Epidemic dropsy in Calcutta - Number 45
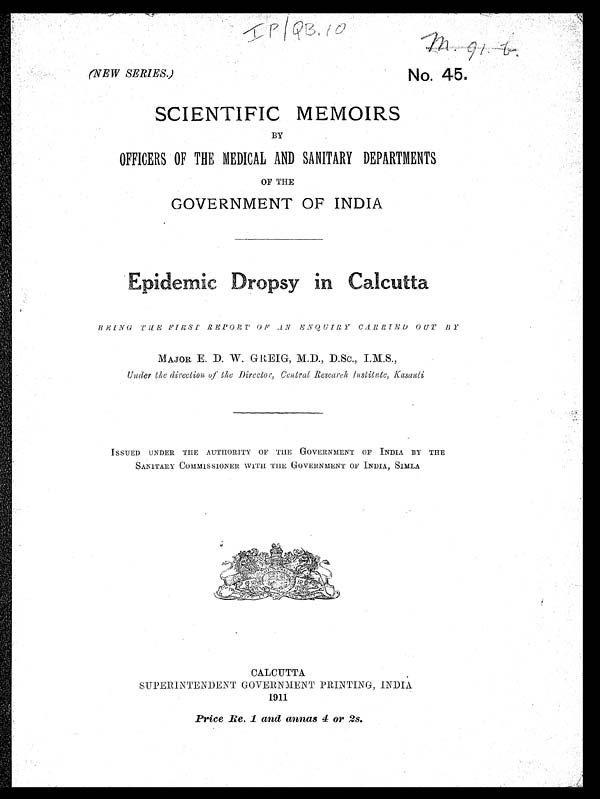
IP/QB. 10
(NEW SERIES.)
No. 45.
SCIENTIFIC MEMOIRS
BY
OFFICERS OF THE MEDICAL AND SANITARY DEPARTMENTS
OF THE
GOVERNMENT OF INDIA
E p i d e m i c D
r o p s y
C a l c u t t a
BEING THE FIRST REPORT OF AN ENQUIRY CARRIED OUT BY
MAJOR E. D. W . GREIG, M.D., D.Sc,, I.M.S.,
Under the direction of the Director, Central, Research Institute, Kasauli
ISSUED UNDER THE AUTHORITY OF THE GOVERNMENT OF INDIA BY THE
SANITARY COMMISSIONER WITH THE GOVERNMENT OF INDIA, SIMLA
CALCUTTA
SUPERINTENDENT GOVERNMENT PRINTING, INDIA
1911
Price Re. 1 and annas 4 or 2s.